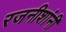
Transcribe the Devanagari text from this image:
रजनीशांनी